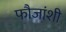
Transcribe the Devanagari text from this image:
फौजांशी